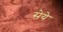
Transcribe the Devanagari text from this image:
सेये